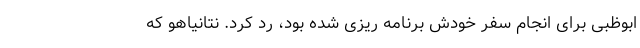
ابوظبی برای انجام سفر خودش برنامه ریزی شده بود، رد کرد. نتانیاهو که